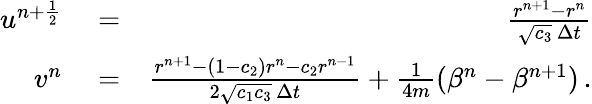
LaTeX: \begin{array}{rlr}{u^{n+\frac{1}{2}}}&{{}=}&{\frac{r^{n+1}-r^{n}}{\sqrt{c_{3}}\, \Delta{t}}}\\ {v^{n}}&{{}=}&{\frac{r^{n+1}-(1-c_{2})r^{n}-c_{2}r^{n-1}}{2\sqrt{c_{1}c_{3}}\, \Delta{t}}+\frac{1}{4m}(\beta^{n}-\beta^{n+1})\, .}\end{array}